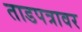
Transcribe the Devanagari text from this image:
ताडपत्रावर